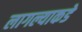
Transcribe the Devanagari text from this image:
लागल्याकडे